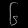
Digit: ၆